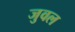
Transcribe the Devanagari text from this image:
जुवल